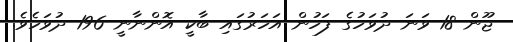
ޖޫން 18 ވަނަ ދުވަހުގެ ފަހުން އަހަރުގައި ބާކީ އޮންނާނީ 196 ދުވަހެވެ.